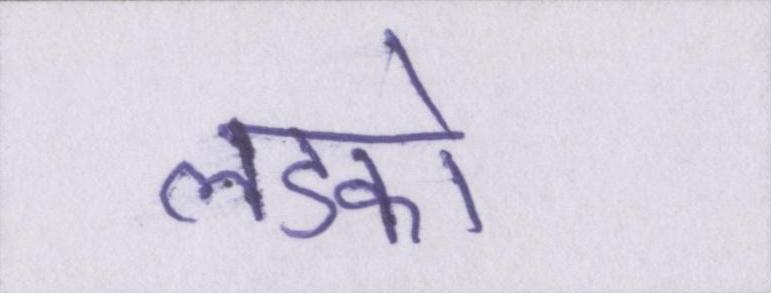
लडको